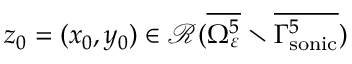
z _ { 0 } = ( x _ { 0 } , y _ { 0 } ) \in \mathcal { R } ( \overline { { \Omega _ { \varepsilon } ^ { 5 } } } \setminus \overline { { \Gamma _ { \mathrm { s o n i c } } ^ { 5 } } } )